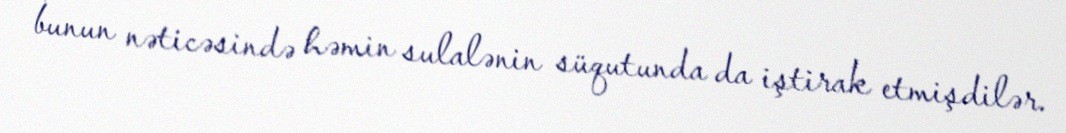
bunun nəticəsində həmin sulalənin süqutunda da iştirak etmişdilər.